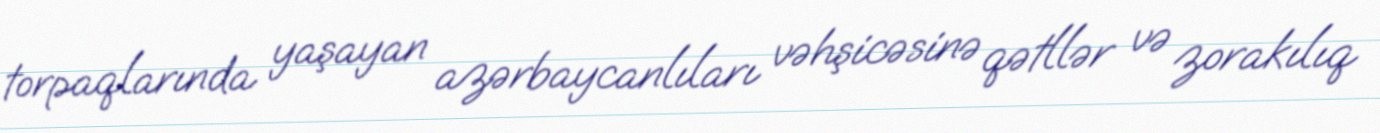
torpaqlarında yaşayan azərbaycanlıları vəhşicəsinə qətllər və zorakılıq